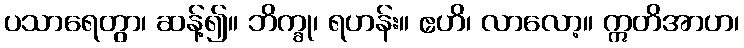
ပသာရေတွာ၊ ဆန့်၍။ ဘိက္ခု၊ ရဟန်း။ ဧဟိ၊ လာလော့။ ဣတိအာဟ၊